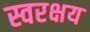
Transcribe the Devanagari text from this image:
स्वरक्षय